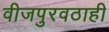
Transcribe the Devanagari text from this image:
वीजपुरवठाही